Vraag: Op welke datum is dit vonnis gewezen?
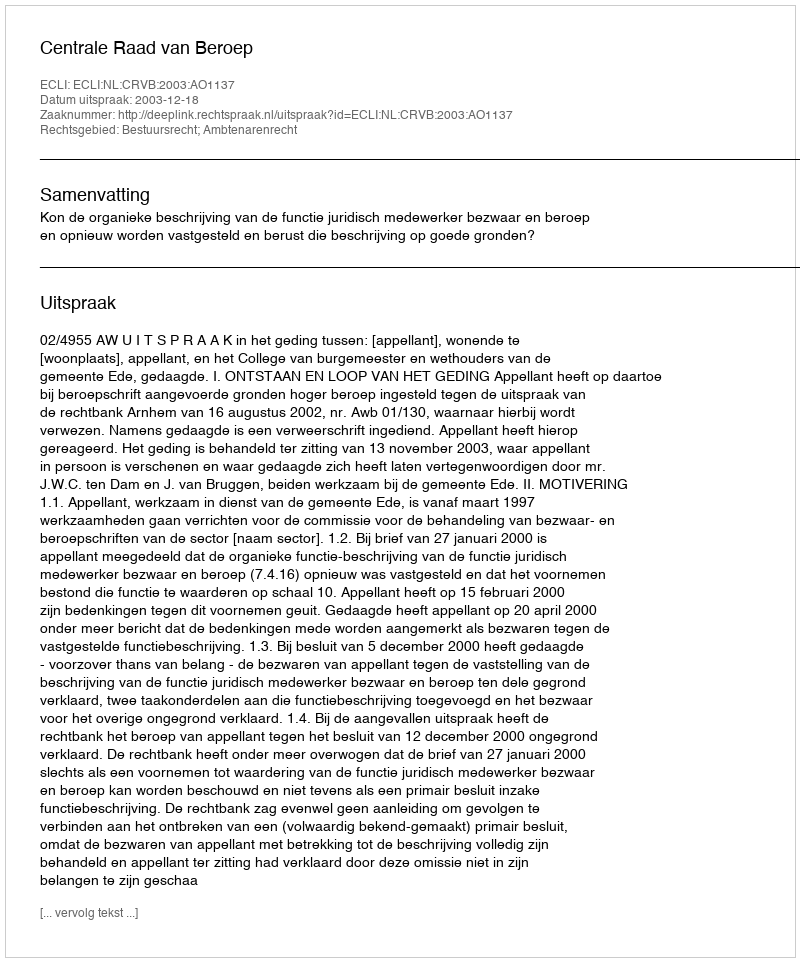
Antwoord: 2003-12-18